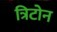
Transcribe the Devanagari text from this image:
त्रिटोन